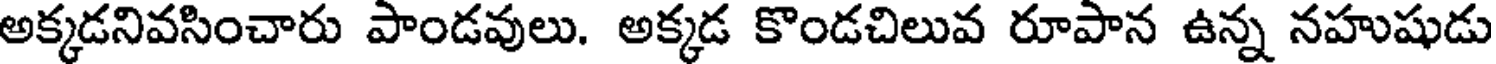
అక్కడనివసించారు పాండవులు. అక్కడ కొండచిలువ రూపాన ఉన్న నహుషుడు